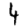
Digit: 4